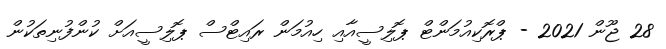
28 ޖޫން 2021 - ޕްރޮކިއުމަންޓް ޕޮލިސީއާއި ހިއުމަން ރައިޓްސް ޕޮލިސީއަށް ކުންފުނިތަކުން